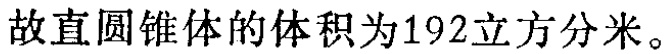
故直圆锥体的体积为192立方分米。